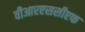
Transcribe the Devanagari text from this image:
वीआरएससीएफ